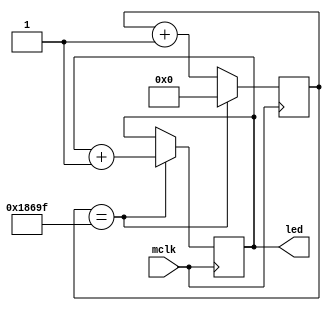
`timescale 1ms / 1ps

module ClkCounter (
    input mclk,
    output reg [15:0] led
    );
	
    localparam terminalcount = (100000 - 1);
    reg [28:0] count;
    wire tc;
    
    assign tc = (count == terminalcount);
    
    always @ (posedge(mclk))
        begin
                if (tc) count <= 0;
                    else count <= count + 1;
        end
    
    always @ (posedge(mclk))
        begin
            if (tc) led = led + 1;
        end
endmodule